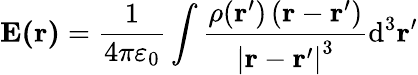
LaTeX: \mathbf{E(r)}={\frac{1}{4\pi\varepsilon_{0}}}\int{\frac{\rho(\mathbf{r^{\prime}})\left(\mathbf{r}-\mathbf{r^{\prime}}\right)}{\left|\mathbf{r}-\mathbf{r^{\prime}}\right|^{3}}}\mathrm{d^{3}}\mathbf{r^{\prime}}